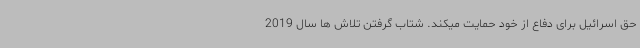
حق اسرائیل برای دفاع از خود حمایت میکند. شتاب گرفتن تلاش ها سال 2019